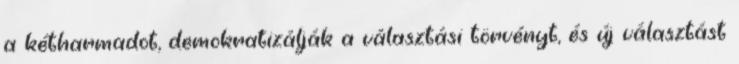
a kétharmadot, demokratizálják a választási törvényt, és új választást